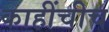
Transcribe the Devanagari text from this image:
काहींचीच